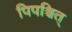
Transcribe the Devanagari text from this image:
पिपश्चित्